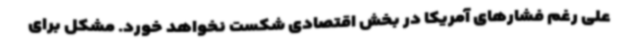
علی رغم فشارهای آمریکا در بخش اقتصادی شکست نخواهد خورد. مشکل برای